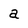
Character: a